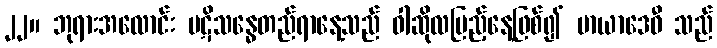
၂၂။ ဘုရားအလောင်း ပဋိသန္ဓေတည်ရာနေ့သည် ဝါဆိုလပြည့်နေ့ဖြစ်၍ မာယာဒေဝီ သည်